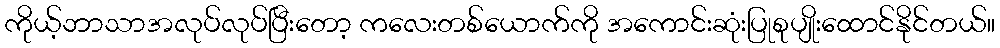
ကိုယ့်ဘာသာအလုပ်လုပ်ပြီးတော့ ကလေးတစ်ယောက်ကို အကောင်းဆုံးပြုစုပျိုးထောင်နိုင်တယ်။